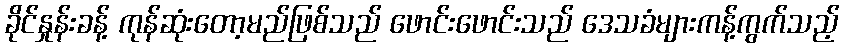
ခိုင်နှုန်းခန့် ကုန်ဆုံးတော့မည်ဖြစ်သည် ဖောင်းဖောင်းသည် ဒေသခံများကန့်ကွက်သည့်